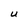
Character: U